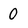
Character: 0